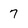
Character: 7